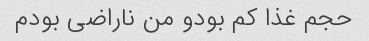
حجم غذا کم بودو من ناراضی بودم